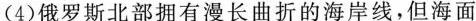
(4)俄罗斯北部拥有漫长曲折的海岸线，但海面